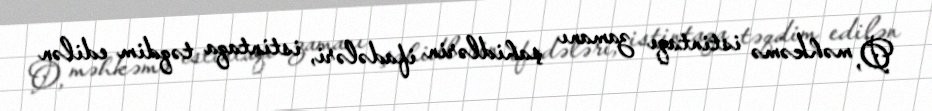
O, məhkəmə istintaqı zamanı şahidlərin ifadələri, istintaqa təqdim edilən